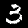
Label: 3